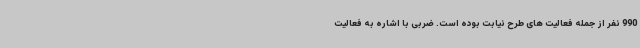
990 نفر از جمله فعالیت های طرح نیابت بوده است. ضربی با اشاره به فعالیت